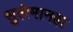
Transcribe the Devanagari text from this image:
सुलेमानहा